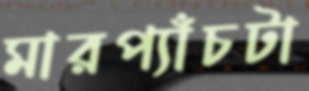
মারপ্যাঁচটা